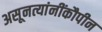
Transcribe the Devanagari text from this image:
असूनत्यांनींकौपीन